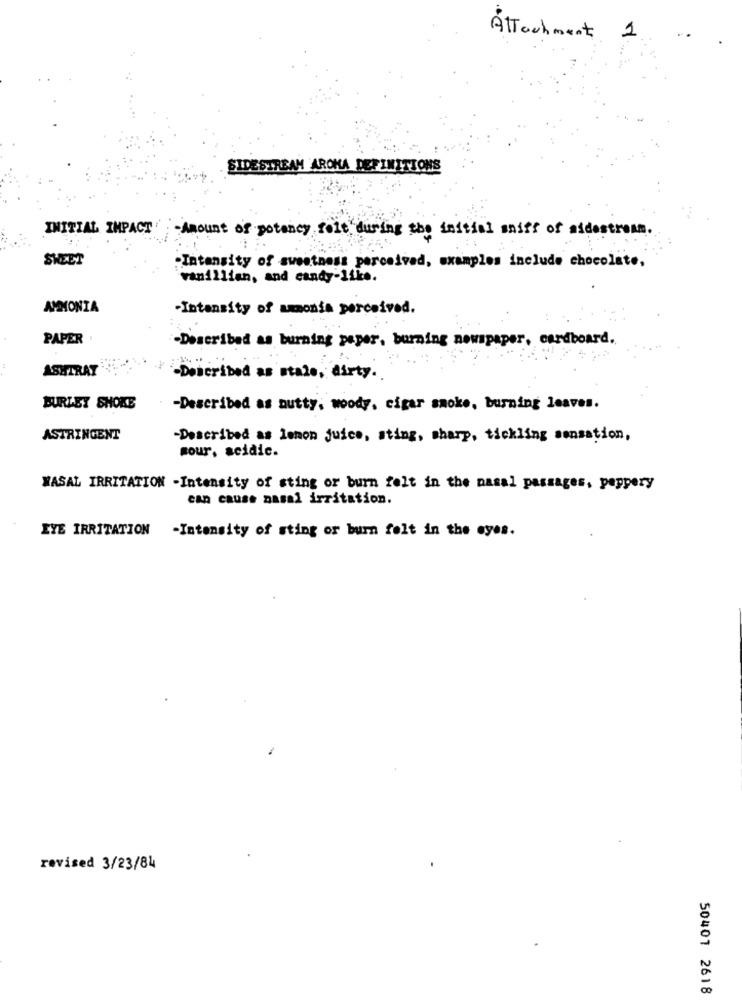
Attachment 1
SIDESTREAM AROMA DEFINITIONS
INITIAL IMPACT
-Amount of potency rolt during the initial sniff of aidestream .
SHEET
"Intensity of sweetness perceived, examples include chocolate,
vanillian, and candy-like.
AMMONIA
-Intensity of ammonia perceived.
PAPER
-Described as burning peper, burning newspaper, cardboard.
ASHTRAY
-Described as stale, dirty.
BURLEY SHOKE
-Described as nutty, woody, cigar smoke, burning leaves.
ASTRINGENT
-Described as lemon juice, sting, sharp, tickling sensation,
sour, acidic.
WASAL IRRITATION -Intensity of sting or burn felt in the nasal passages, peppery
can cause nasal irritation.
EYE IRRITATION -Intensity of sting or burn folt in the eyes.
revised 3/23/84
50401 2618